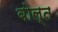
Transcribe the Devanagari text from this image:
बोल्त